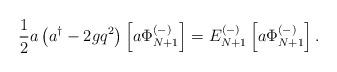
LaTeX: \begin{align*}{1\over 2} a \left( a^\dagger - 2g q^2 \right) \left[ a \Phi_{N+1}^{(-)} \right] = E_{N+1}^{(-)} \left[ a \Phi_{N+1}^{(-)} \right].\end{align*}